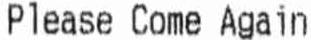
PLEASE COME AGAIN